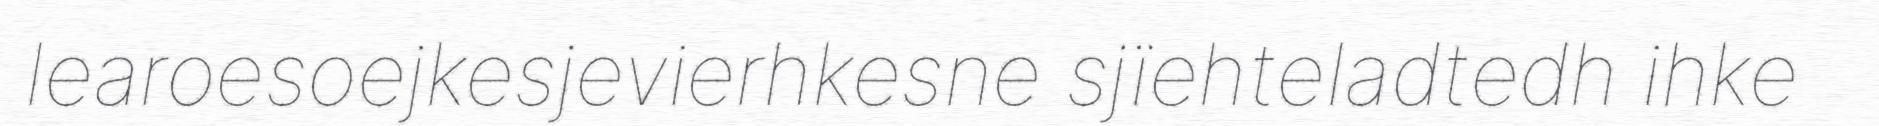
learoesoejkesjevierhkesne sjïehteladtedh ihke